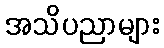
အသိပညာများ